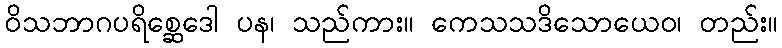
ဝိသဘာဂပရိစ္ဆေဒေါ ပန၊ သည်ကား။ ကေသသဒိသောယေဝ၊ တည်း။